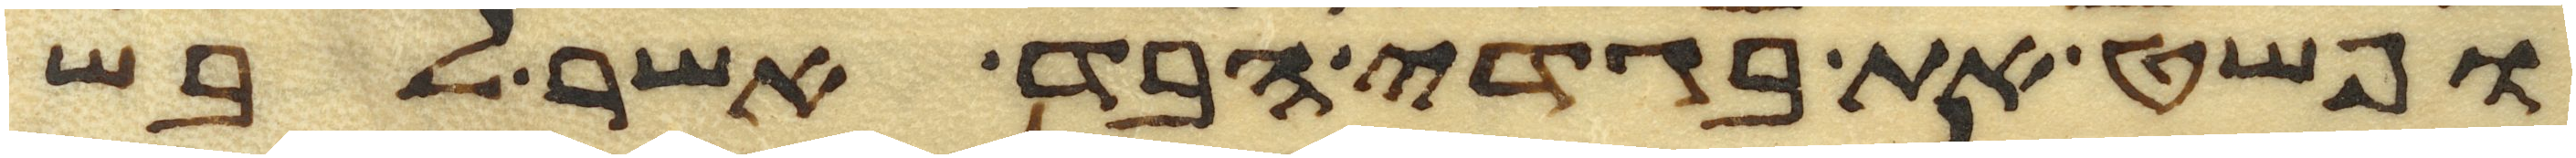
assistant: ופשט את בגדי הבד אשר לבש